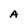
Character: A